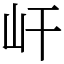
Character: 屽